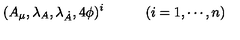
( A _ { \mu } , \lambda _ { A } , \lambda _ { \dot { A } } , 4 \phi ) ^ { i } \qquad \quad ( i = 1 , \cdots , n )